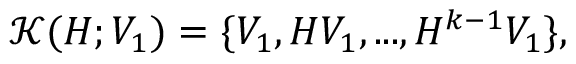
\mathcal { K } ( H ; V _ { 1 } ) = \{ V _ { 1 } , H V _ { 1 } , . . . , H ^ { k - 1 } V _ { 1 } \} ,